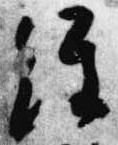
経